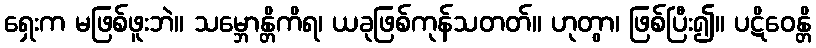
ရှေးက မဖြစ်ဖူးဘဲ။ သမ္ဘောန္တိကိရ၊ ယခုဖြစ်ကုန်သတတ်။ ဟုတွာ၊ ဖြစ်ပြီး၍။ ပဋိဝေန္တိ